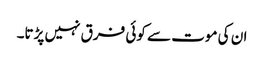
ان کی موت سے کوئی فرق نہیں پڑتا۔